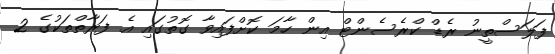
ފަލަސްތީނު ރެޑް ކްރެސެންޓް އިން ހާމަ ކޮށްފައިވާ ގޮތުގައި އެ ފަރާތްތަކުގެ 2